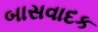
બાસવાદક